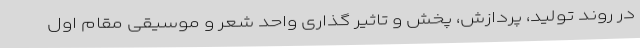
در روند تولید، پردازش، پخش و تاثیر گذاری واحد شعر و موسیقی مقام اول